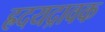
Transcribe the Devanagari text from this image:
ह्रदयद्रावक